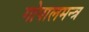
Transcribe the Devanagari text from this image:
गोपालमन्त्र